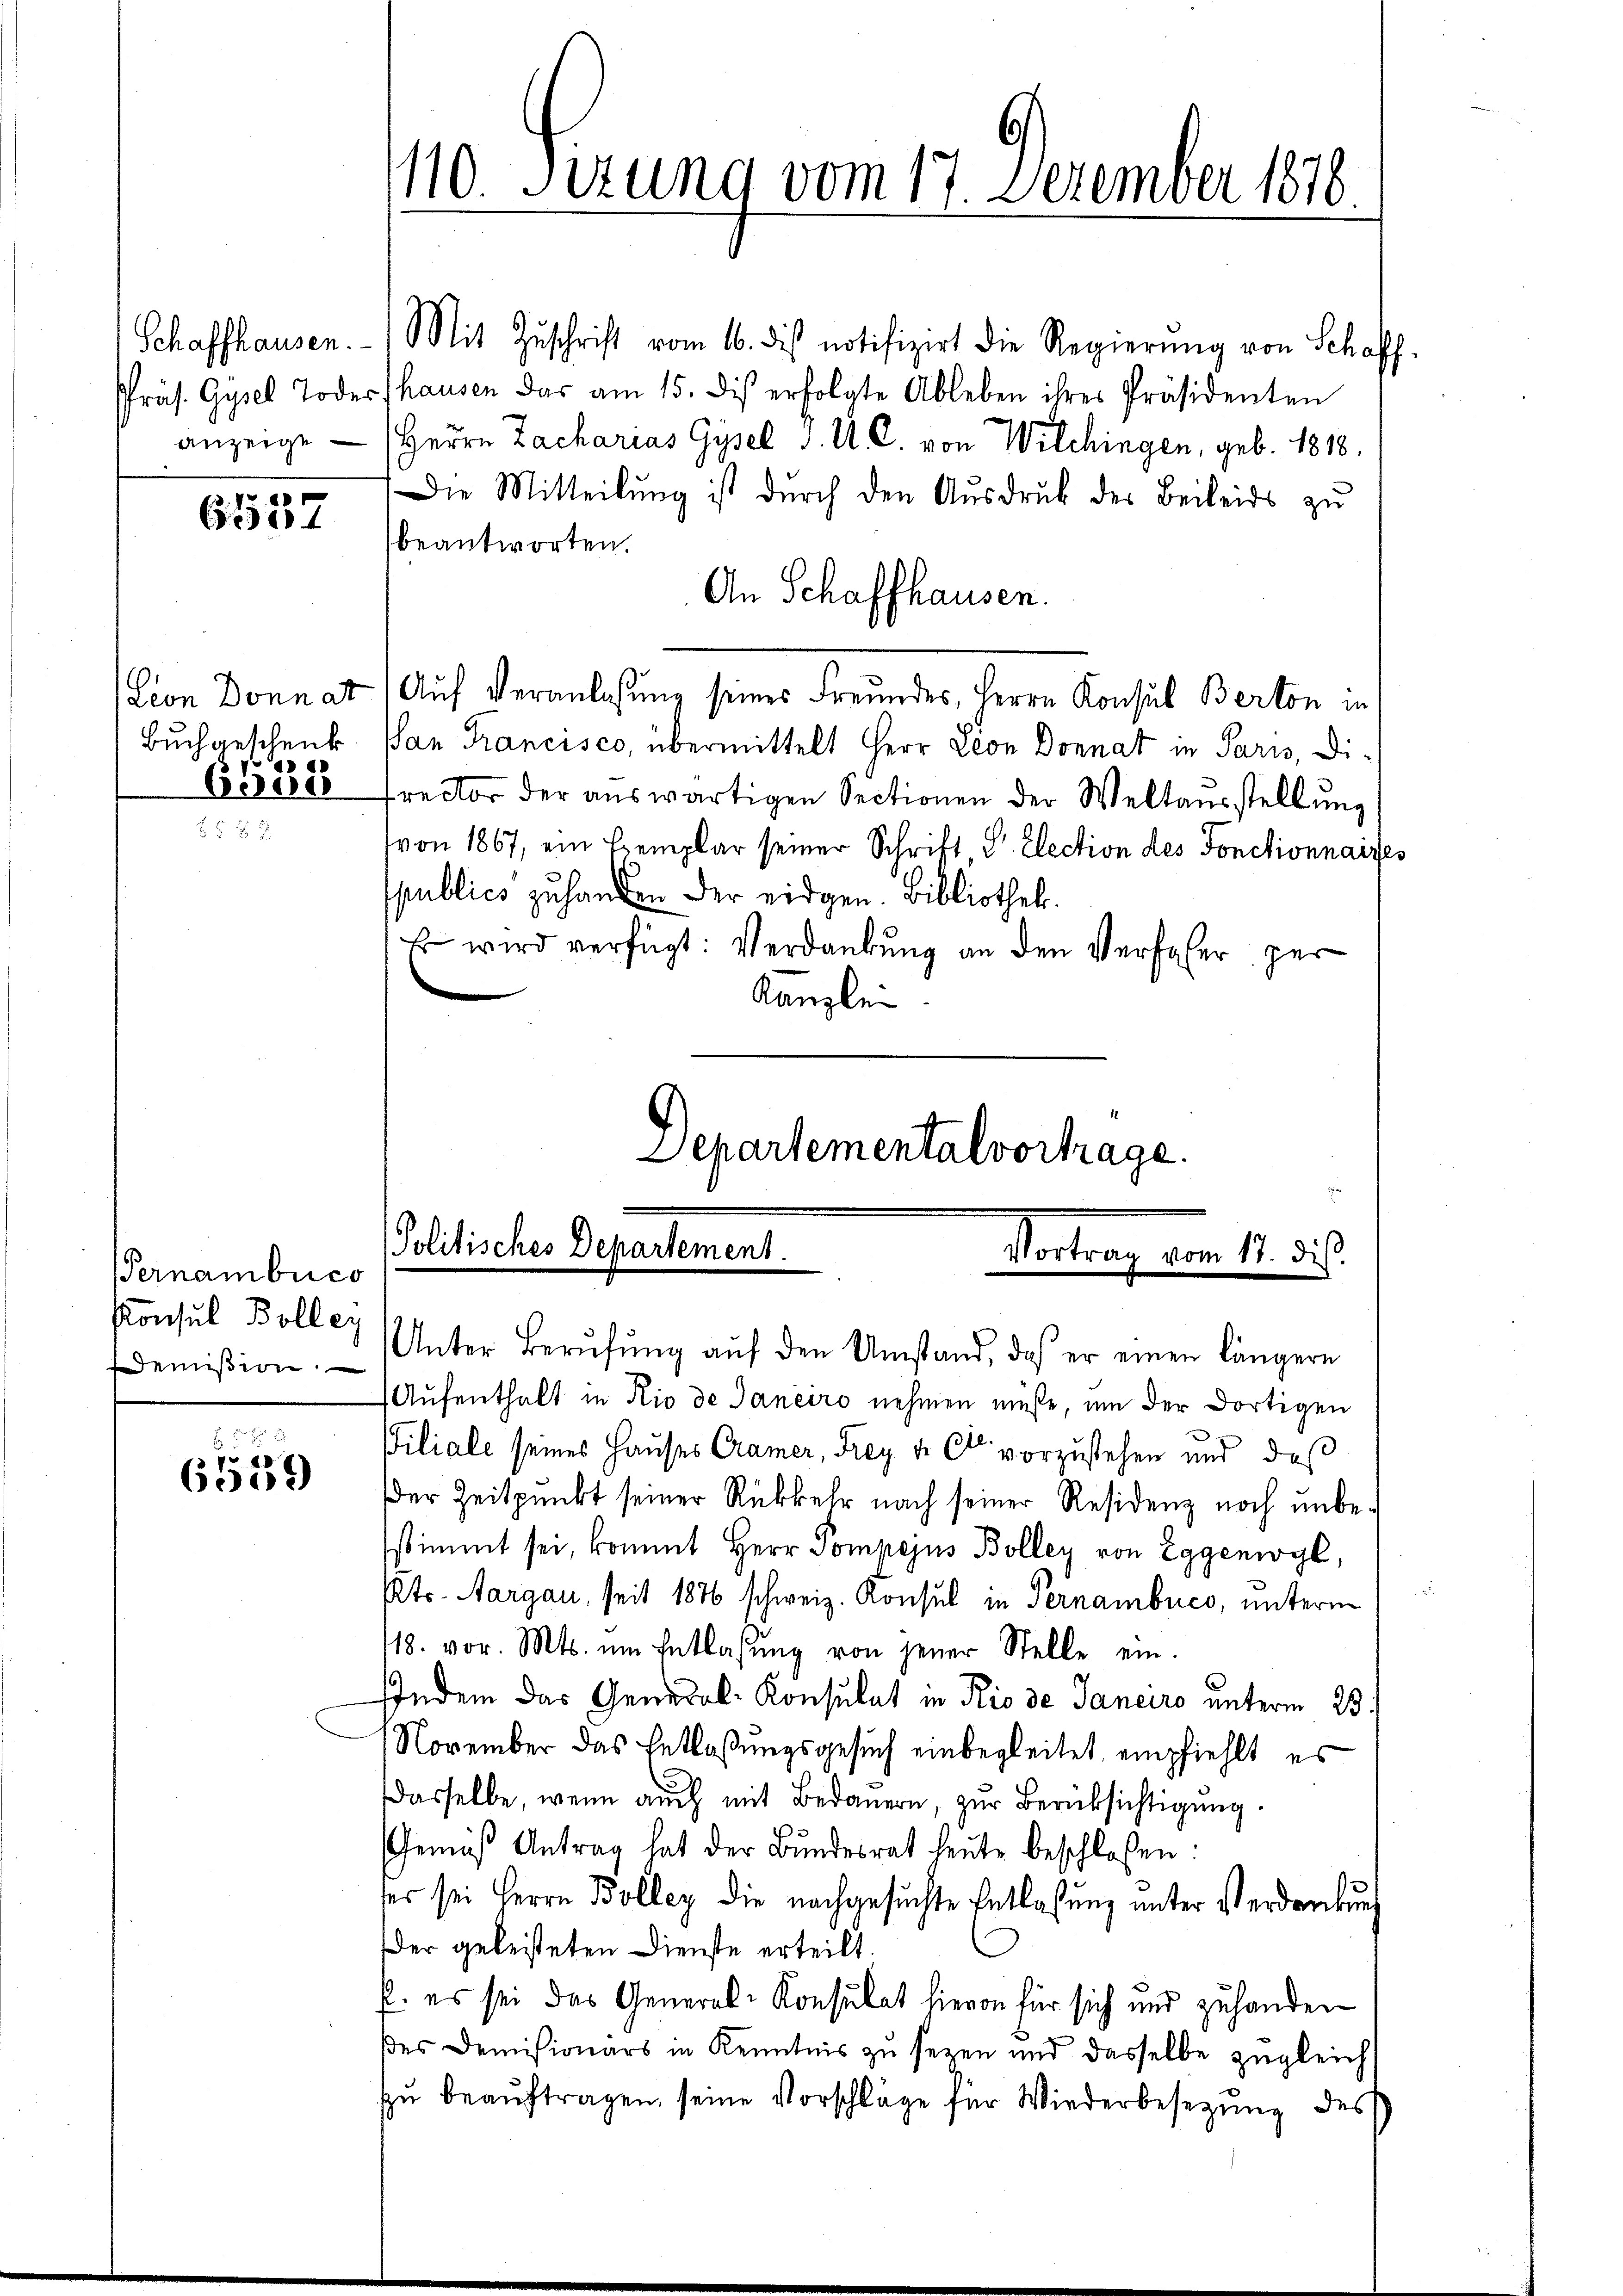
anzeige

6537

Lion Donnat
Buch geschenk
a
6500

Pernambrico
Konsul Bollei
demission

74
6559

110. Sizung vom 17. Dezember 1870

Schaffhausen. Mit Zŭschrift vom 16. des notifizirt die Regierŭng von Schaff-
Präs. Gysel Todesshausen das am 15. di erfolgte Ableben ihres Präsidenten
Herrn Zacharias Gysel v. U. C. von Wilchingen, geb. 1818.
Die Mitteilŭng ist dŭrch den Aŭsdruck der Beileids zu
beantworten.
An Schaffhausen.
Auf Veranlassung seines Freundes, Herrn Konsul Berton in
San Francisco, übermittelt Herr Leon Donnat in Paris, Di-
rector der aŭswärtigen Sectionen der Weltausstellung
von 1867, ein Exemplar seiner Schrift Sr. Election des Fonctionnaires
spublico zu handen der eidgen. Bibliothek.
 wird verfügt: Verdankung an den Verfaher per
Kanzlei
Departementalvortrage.

Politisches Departement.
Vortrag vom 11. ds.

Unter Berŭfŭng aŭf den Umstand, daß er einen längere

Aufenthalt in Rio de Janeiro nehmen müße, um der dortigen
Viliale seines Hauses Cramer, Frey ve Ct. vorzustehen und daß
Der Zeitpunkt seiner Rückkehr nach seiner Residenz noch unbestimmt sei, kommt Herr Pompejus Bolley von Eggenwyl,
Kts. Aargau, seit 1876 schweiz. Konsul in Pernambuco, unterm
/18. vor. Mts. um Entlassŭng von jener Stelle ein.
Indem das General-Konsulat in Rio de Janeiro unterm 23.
November das Entlaßungsgesuch einbegleitet, empfiehlt es
Dasselbe, wenn auch mit Bedauern, zur Berüksichtigung.
Gemäß Antrag hat der Bundesrat heute beschlossen:
ser sei Herrn Bolleg die nachgesŭchte Entlassŭng ŭnter Verdankŭng
der geleisteten Dienste erteilt.
p. es sei das General-Konsulat hievon für sich und zuhanden
es Demisionärs in Kenntnis zŭ sezen und dasselbe zŭgleich
zŭ beaŭftragen, seine Vorschläge für Wiederbesetzŭng des